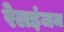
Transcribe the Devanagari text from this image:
रेलइंजन